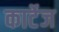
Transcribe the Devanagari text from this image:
कार्टेज